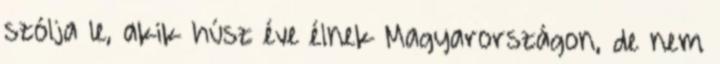
szólja le, akik húsz éve élnek Magyarországon, de nem